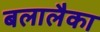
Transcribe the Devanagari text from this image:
बलालैका